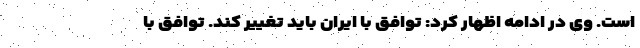
است. وی در ادامه اظهار کرد: توافق با ایران باید تغییر کند. توافق با